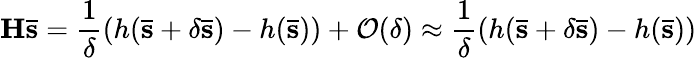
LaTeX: \mathbf{H\bar{s}}=\frac{1}{\delta}\left(h(\mathbf{\bar{s}}+\delta\mathbf{\bar{s}})-h(\mathbf{\bar{s}})\right)+\mathcal{O}(\delta)\approx\frac{1}{\delta}\left(h(\mathbf{\bar{s}}+\delta\mathbf{\bar{s}})-h(\mathbf{\bar{s}})\right)